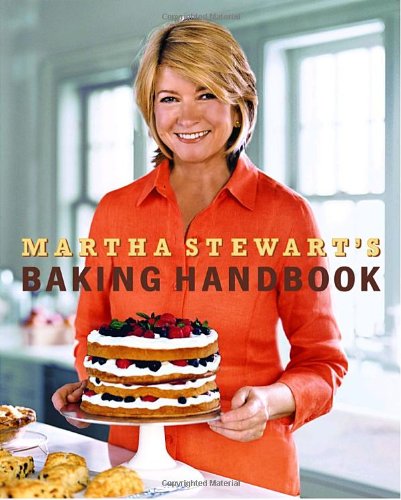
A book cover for Martha Stewart's Baking Handbook; Martha Stewart; Cookbooks, Food & Wine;